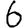
Digit: 6